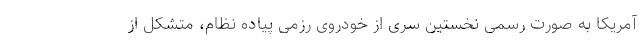
آمریکا به صورت رسمی نخستین سری از خودروی رزمی پیاده نظام، متشکل از